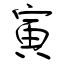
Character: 寅